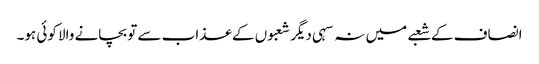
انصاف کے شعبے میں نہ سہی دیگر شعبوں کے عذاب سے تو بچانے والا کوئی ہو۔